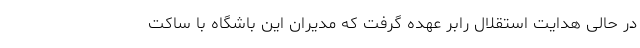
در حالی هدایت استقلال رابر عهده گرفت که مدیران این باشگاه با ساکت